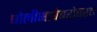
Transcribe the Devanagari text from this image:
बोलीभाषेबरोबरच